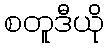
စတူဒီယို